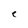
Character: e